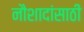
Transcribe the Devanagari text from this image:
नौशादांसाठी